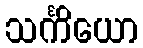
သင်္ကိယော